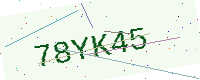
Text: 78YK45